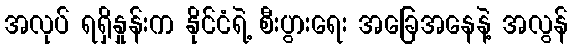
အလုပ် ရရှိနှုန်းက နိုင်ငံရဲ့ စီးပွားရေး အခြေအနေနဲ့ အလွန်